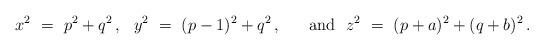
LaTeX: \begin{align*} x^2\ =\ p^2+q^2\,,\ \ y^2\ =\ (p-1)^2+q^2\,,\ \quad\mbox{ and }\ z^2\ =\ (p+a)^2+(q+b)^2\,.\end{align*}